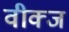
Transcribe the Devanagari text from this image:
वीक्ज